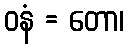
ဝနံ = တော၊